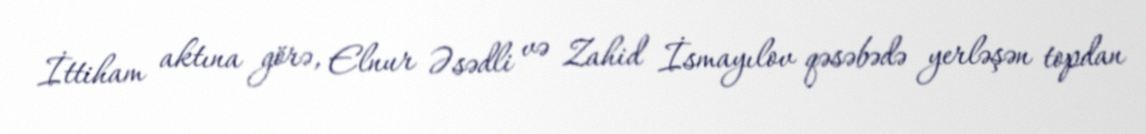
İttiham aktına görə, Elnur Əsədli və Zahid İsmayılov qəsəbədə yerləşən topdan